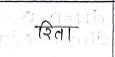
मजकूर: रिता